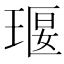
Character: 𤦵